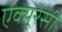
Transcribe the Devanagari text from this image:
एक्यूरेसी